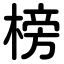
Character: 榜